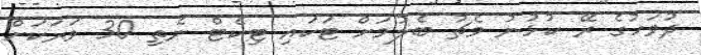
ދުވަހުގެ ރޭ ކުޅުނު މެޗު ބެލުމަށް ޓަކައި ޓިކެޓް ނެތި 30 ވަރަކަށް